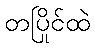
တပြိုင်ထဲ